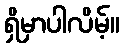
ရှိမှာပါလိမ့်။